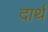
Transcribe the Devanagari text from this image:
दार्थ